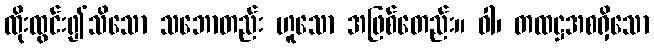
ထိုးထွင်း၍သိသော သဘောတည်း ဟူသော အဖြစ်တေည်း။ ဝါ၊ တထဋ္ဌအစရှိသော